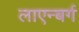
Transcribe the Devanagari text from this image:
लाएन्बर्ग